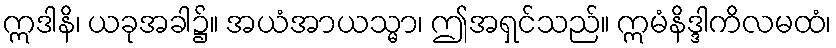
ဣဒါနိ၊ ယခုအခါ၌။ အယံအာယသ္မာ၊ ဤအရှင်သည်။ ဣမံနိဒ္ဒါကိလမထံ၊